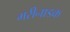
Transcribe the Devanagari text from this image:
मरीनाडक